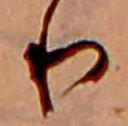
り